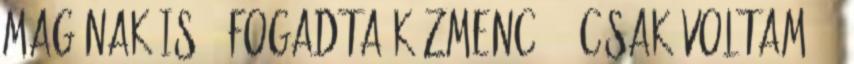
Magának is – fogadta Kázmenc. – Csak voltam. –